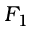
F _ { 1 }